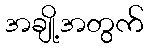
အချို့အတွက်